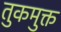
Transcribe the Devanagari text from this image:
तुकमुक्त